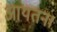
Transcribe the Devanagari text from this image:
आयतन।